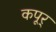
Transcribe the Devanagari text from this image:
कपूर्